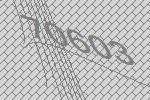
70603